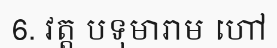
6. វត្ត បទុមារាម ហៅ